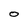
Character: O